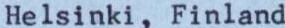
Helsinki, Finland